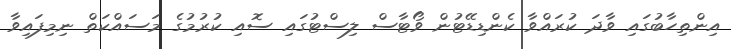
އިންތިހާބުގައި ވާދަ ކުރައްވާ ކެންޑިޑޭޓުން ވޯޓާސް ލިސްޓުގައި ސޮއި ކުރުމުގެ މަސައްކަތް ނިމިފައިވާ